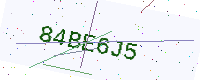
Text: 84BE6J5